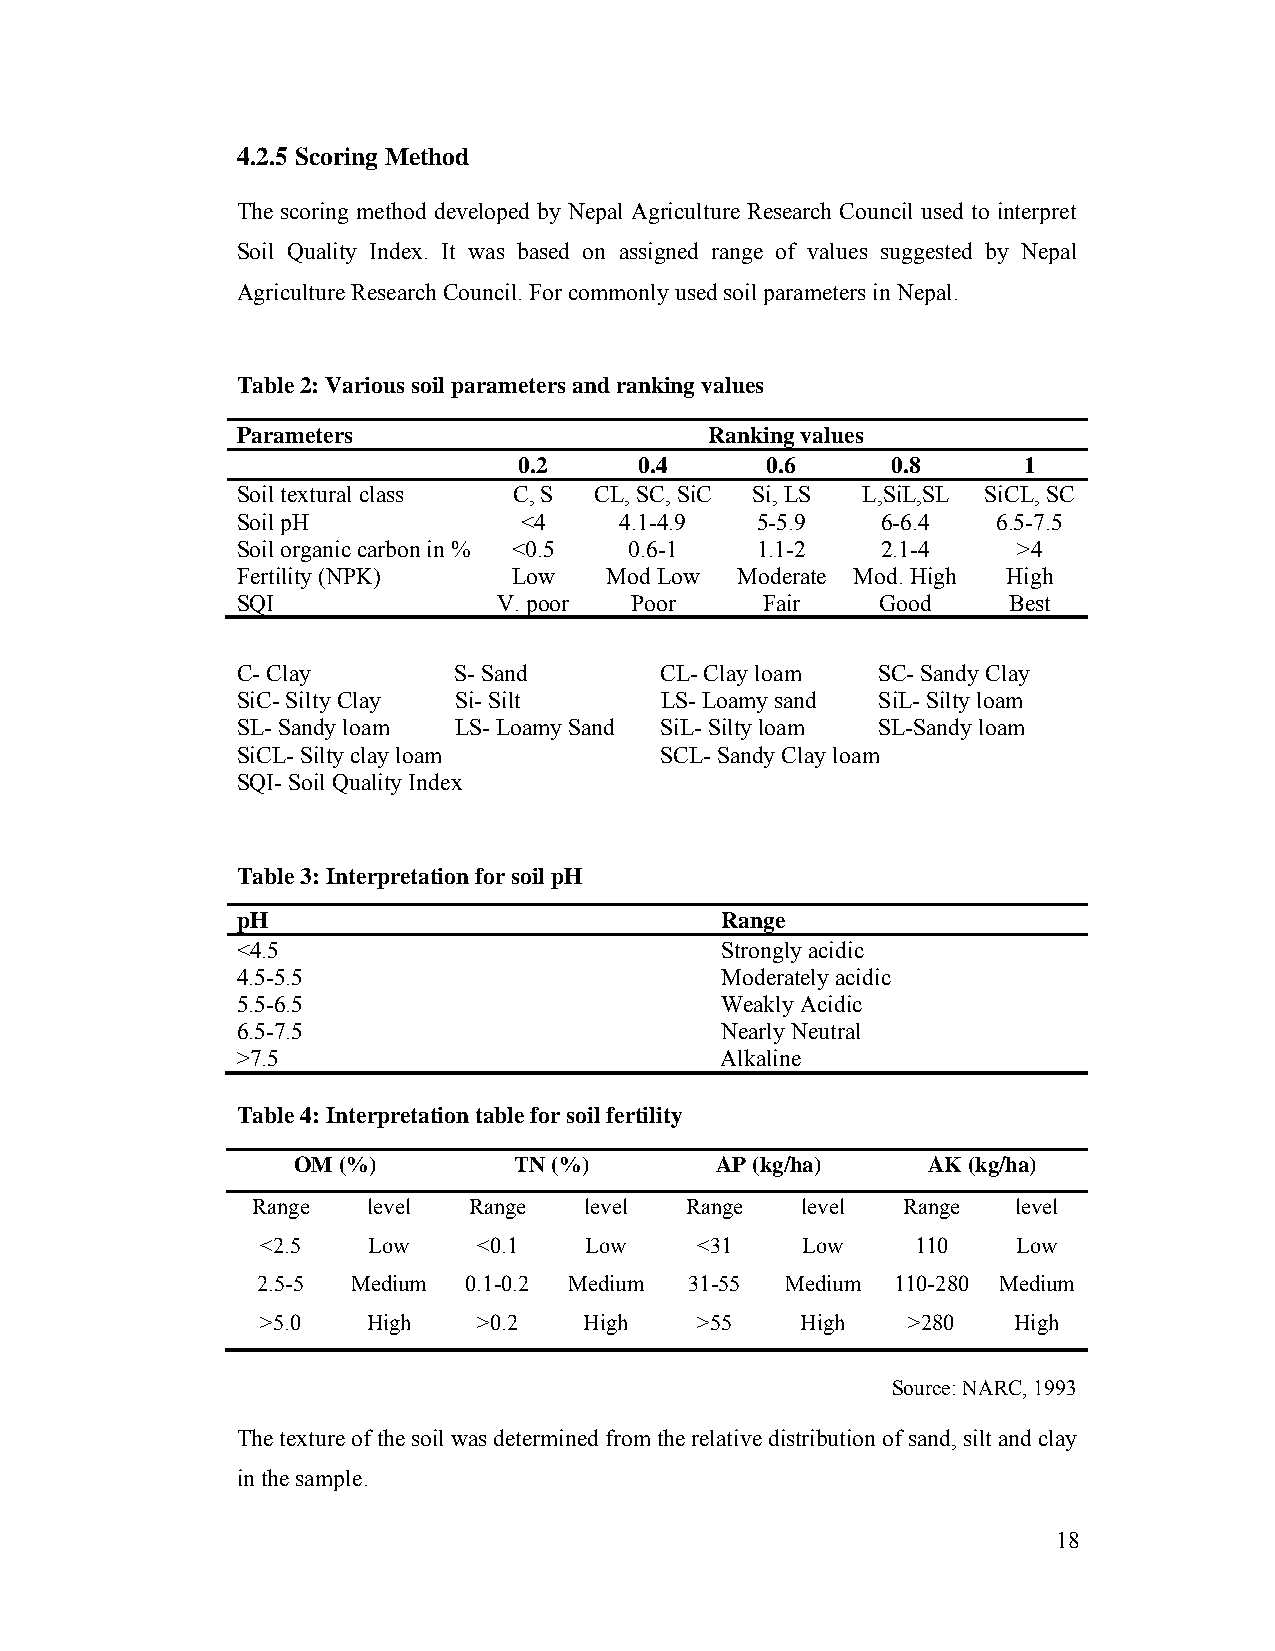
4.2.5 Scoring Method
 The scoring method developed by Nepal Agriculture Research Council used to interpret
 Soil Quality Index. It was based on assigned range of values suggested by Nepal
 Agriculture Research Council. For commonly used soil parameters in Nepal.
 Table 2: Various soil parameters and ranking values
 Parameters                     Ranking values
 0.2     0.4      0.6     0.8      1
 Soil textural class C, S CL, SC, SiC Si, LS L,SiL,SL SiCL, SC
 Soil pH            <4    4.1-4.9  5-5.9   6-6.4   6.5-7.5
 Soil organic carbon in % <0.5 0.6-1 1.1-2 2.1-4    >4
 Fertility (NPK)   Low   Mod Low  Moderate Mod. High High
 SQI              V. poor  Poor     Fair   Good     Best
 C- Clay       S- Sand       CL- Clay loam SC- Sandy Clay
 SiC- Silty Clay Si- Silt    LS- Loamy sand SiL- Silty loam
 SL- Sandy loam LS- Loamy Sand SiL- Silty loam SL-Sandy loam
 SiCL- Silty clay loam       SCL- Sandy Clay loam
 SQI- Soil Quality Index
 Table 3: Interpretation for soil pH
 pH                              Range
 <4.5                            Strongly acidic
 4.5-5.5                         Moderately acidic
 5.5-6.5                         Weakly Acidic
 6.5-7.5                         Nearly Neutral
 >7.5                            Alkaline
 Table 4: Interpretation table for soil fertility
 OM (%)         TN (%)       AP (kg/ha)    AK (kg/ha)
 Range  level  Range   level Range   level  Range  level
 <2.5   Low     <0.1   Low    <31    Low     110   Low
 2.5-5 Medium  0.1-0.2 Medium 31-55 Medium 110-280 Medium
 >5.0   High    >0.2   High   >55    High   >280   High
 Source: NARC, 1993
 The texture of the soil was determined from the relative distribution of sand, silt and clay
 in the sample.
 18